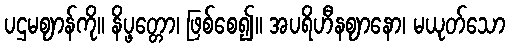
ပဌမဈာန်ကို။ နိပ္ဖတ္တော၊ ဖြစ်စေ၍။ အပရိဟီနဈာနော၊ မယုတ်သော